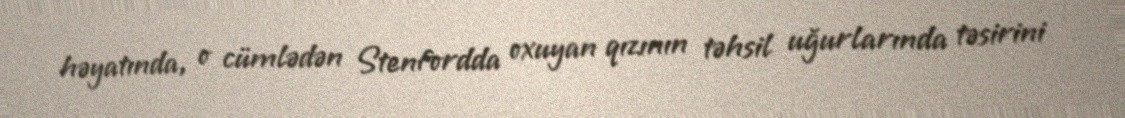
həyatında, o cümlədən Stenfordda oxuyan qızının təhsil uğurlarında təsirini